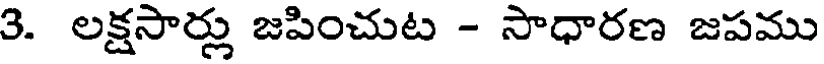
3. లక్షసార్లు జపించుట - సాధారణ జపము